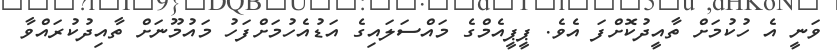
ވަނީ އެ ހުކުމަށް ތާއީދުކޮށްފަ އެވެ. ޕީޕީއެމްގެ މައްސަލައިގެ އަޑުއެހުމަށްފަހު މައުމޫނަށް ތާއިދުކުރައްވާ